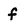
Character: f